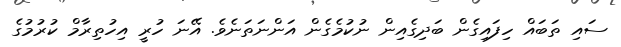
ސައި ތަބައް ހިފައިގެން ބަދިގެއިން ނުކުމެގެން އަންނަތަނެވެ. އޭނަ ހުރީ އިހުތިރާމް ކުރުމުގެ